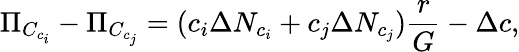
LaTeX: \Pi_{C_{c_{i}}}-\Pi_{C_{c_{j}}}=(c_{i}\Delta N_{c_{i}}+c_{j}\Delta N_{c_{j}})\frac{r}{G}-\Delta c,